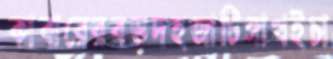
কাবারেরবড়দহজাটিঙ্গাখইচা